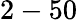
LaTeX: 2-50